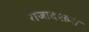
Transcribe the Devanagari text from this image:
राजादश्हरा